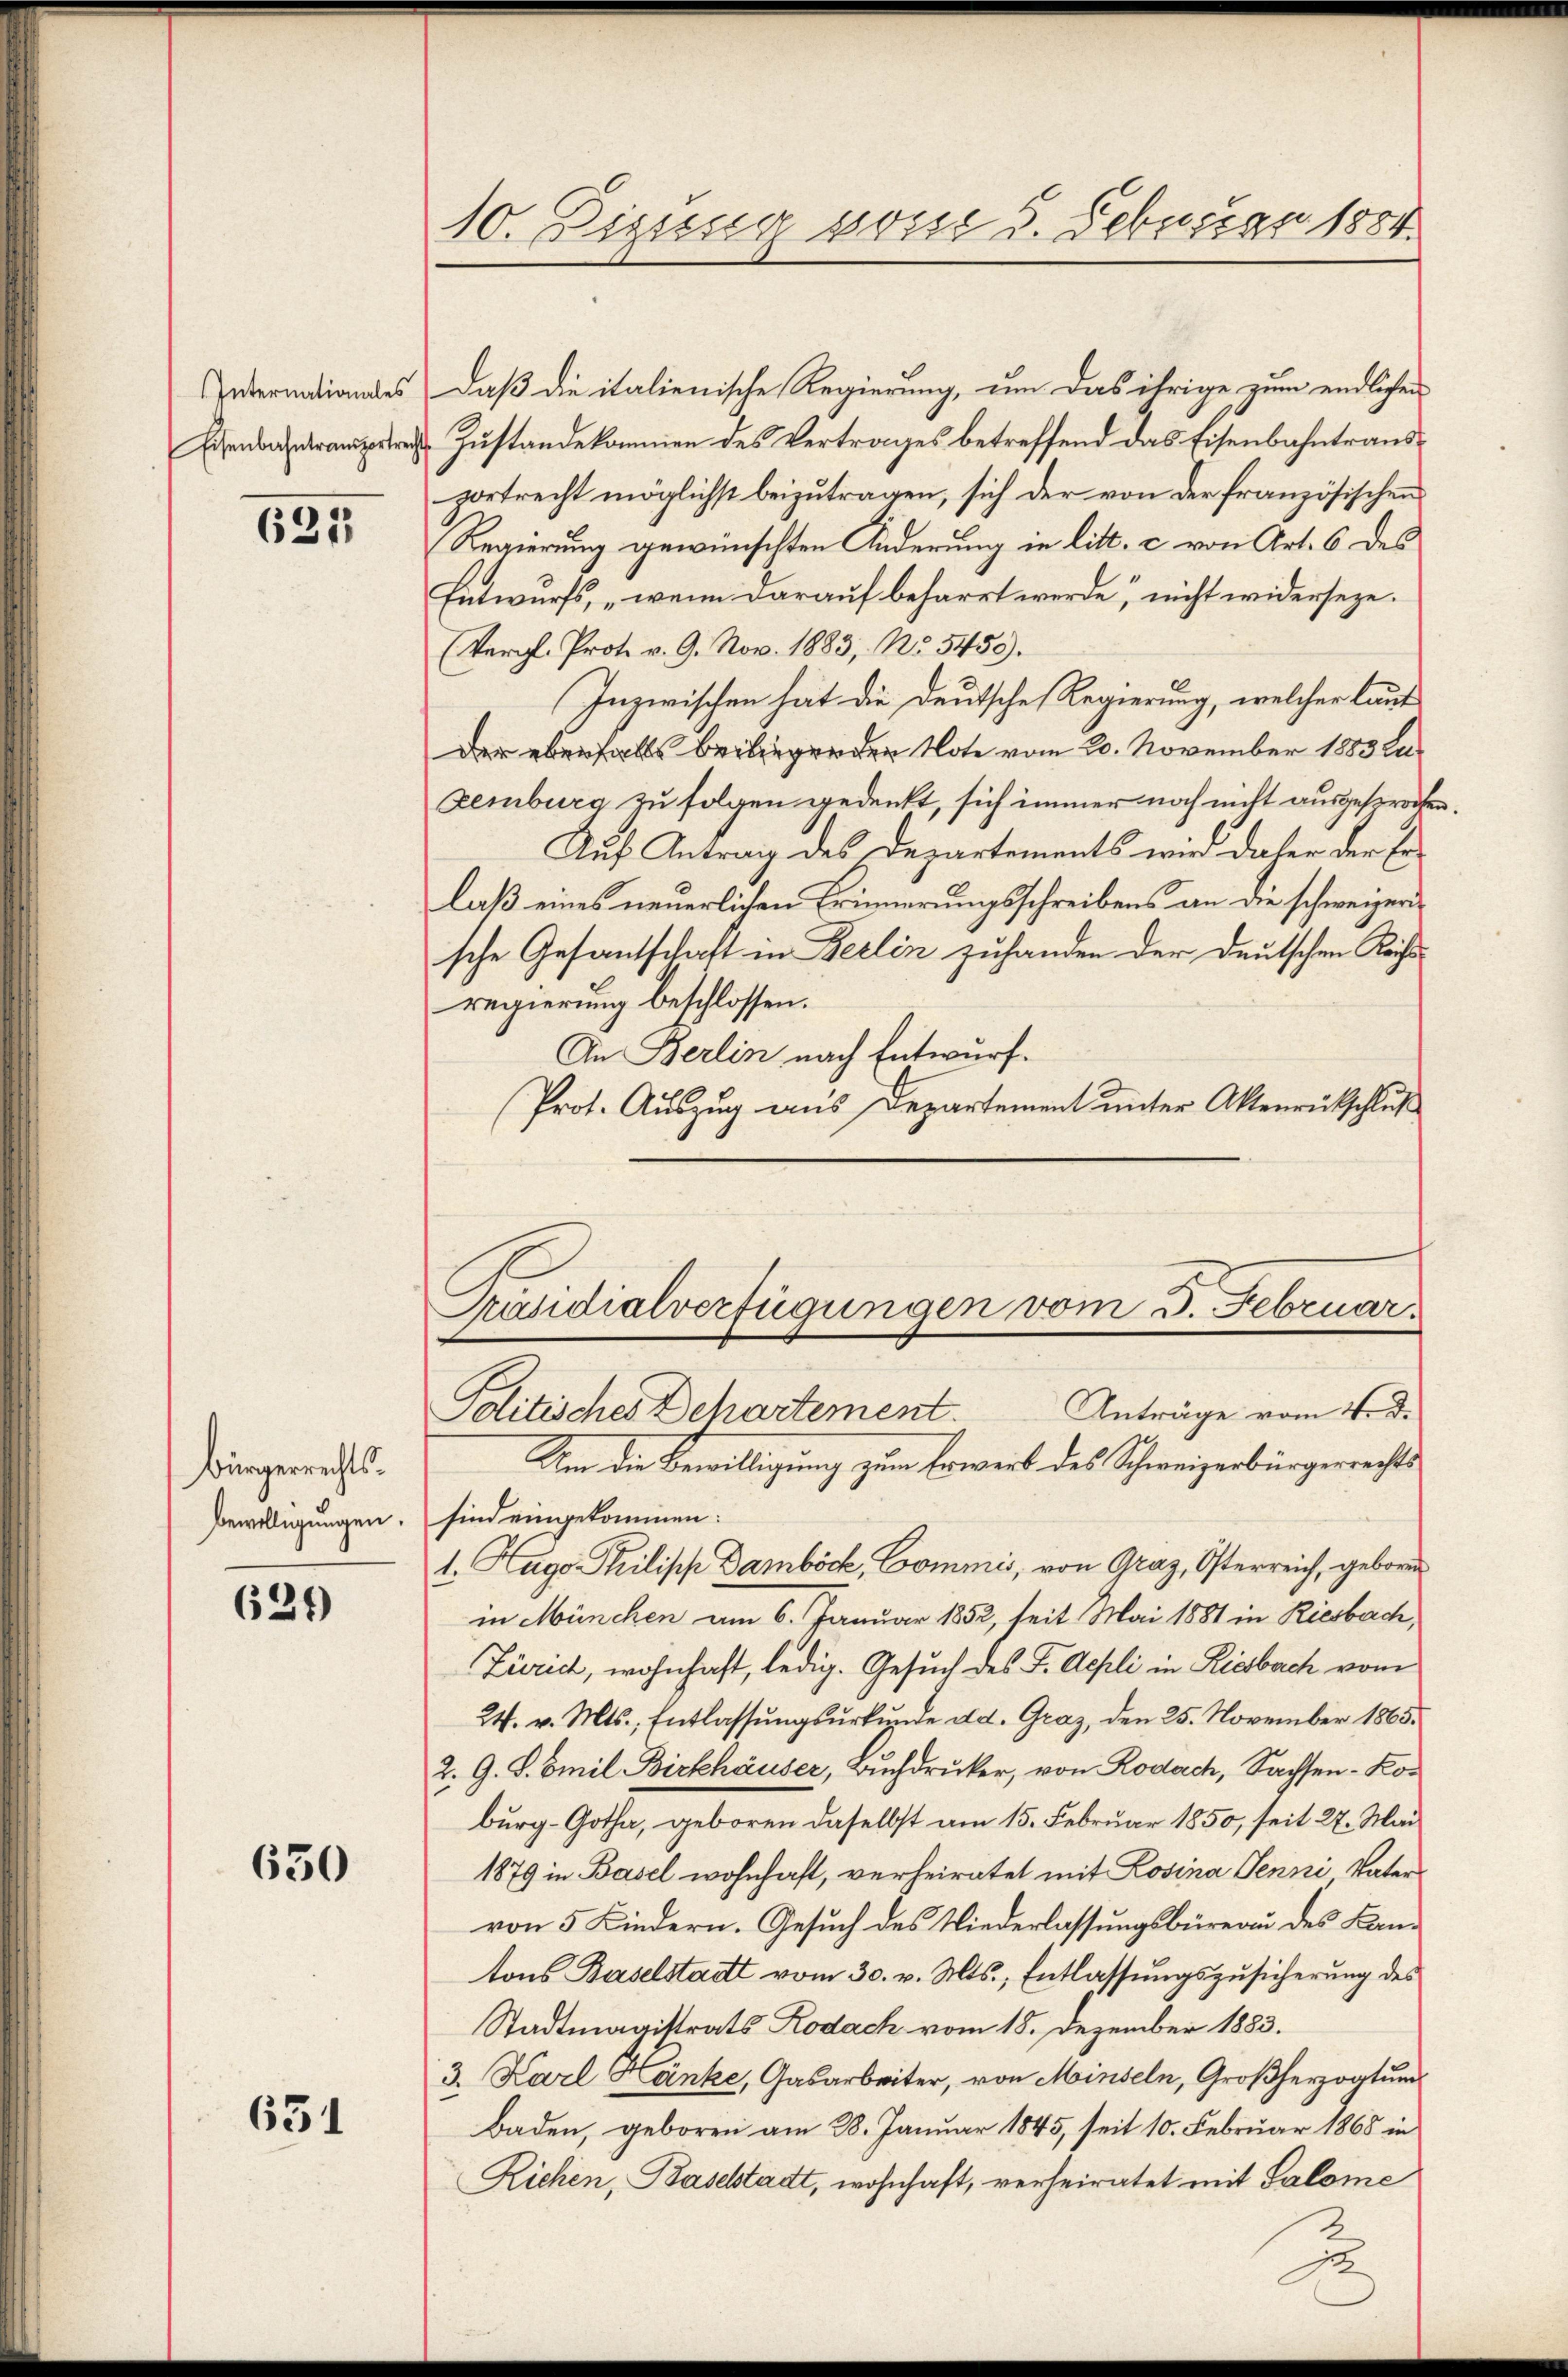
Internationales
Eisenbahntransportrech

621

Bürgerrechts¬
Bewilligungen.

624)

650

631

10. Dizung vom 5. Febuar 1884.

Daß die italienische Regierung, um das ihrige zum endlichen
Zustandekommen des Vertrages betreffend das Eisenbahntrausportrecht möglichst beizutragen, sich der von der französischen
Regierung gewünschten Änderung in litt. c. von Art. 6 des
Entwurfs, „wenn darauf beharrt werde, nicht widerseze.
(Vergl. Prot. v. 9. Nov. 1883, No. 5459).
Inzwischen hat die deutsche Regierung, welcher laut
Der ebenfalls beiliegenden Note vom 20. November 1883 Lu¬
Zemburg zu folgen gedenkt, sich immer noch nicht ausgesprochen.
Auf Antrag des Departements wird dabei der Erlaß eines neuerlichen Erinnerungsschreibens an die schweizerische Gesantschaft in Berlin zuhanden der deutschen Rechtsregierung beschlossen:
An Berlin nach Entwurf.
Prot. Auszug aus Departement unter Aktenrütschluß

Präsidialverfügungen vom 3. Februar
Politisches Dehartement. Anträge vom 4. d.
Um die Bewilligung zum Erwerk des Schweizerbürgerrechts

sind eingekommen:
1. Hugo Philipp Damböck, Commis, von Graz, Österreich, geboren
in München am 6. Januar 1852, seit Mai 1881 in Riesbach,
Zürich, wohnhaft, ledig. Gesuch des F. Ackli in Riesbach vom
24. v. Mts., Entlassŭngsŭrkŭnde ad. Graz, den 25. November 1865.
2. G. S. Emil Birkhäuser, Buchdrucker, von Rodach, Sachsen-Koburg-Gotha, geboren daselbst am 15. Februar 1850, seit 27. Mai
1879 in Basel wohnhaft, verheiratet mit Rosina Jenni Vater
von 5 Kindern. Gesuch des Niederlassungsbüreau des Kantons Baselstatt vom 30. v. Mts., Entlassŭngszŭsicherŭng des
Stadtmagistrats Rodach vom 18. Dezember 1883.
3. Karl Hänke, Gasarbeiter, von Minseln, Großherzogtum
Baden, geboren am 28. Januar 1845, seit 10. Februar 1868 in
Richen, Baselstadt, wohnhaft, verheiratet mit Salome

s